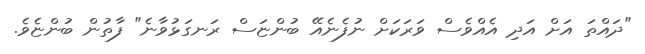
"ދައްތަ އަށް އަދި އެއްވެސް ވަރަކަށް ނުފެނެއޭ ބުންޏަސް ރަނގަޅުވާނެ" ފާތުން ބުންޏެވެ.